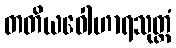
တတိယဝေါဟာရသုတ္တံ